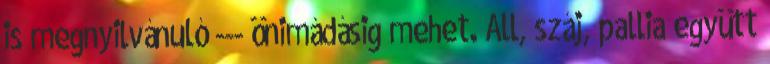
is megnyilvánuló --- önimádásig mehet. Áll, száj, pallia együtt